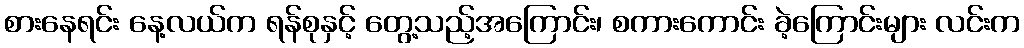
စားနေရင်း နေ့လယ်က ရန်စုနှင့် တွေ့သည့်အကြောင်း၊ စကားကောင်း ခဲ့ကြောင်းများ လင်းက